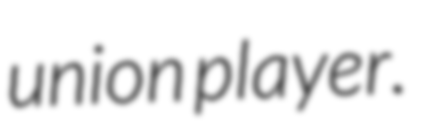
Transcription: union player.